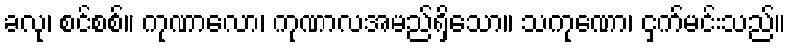
ခလု၊ စင်စစ်။ ကုဏာလော၊ ကုဏာလအမည်ရှိသော။ သကုဏော၊ ငှက်မင်းသည်။